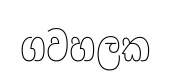
ගවහලක